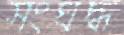
সংঘদ্ধ